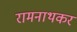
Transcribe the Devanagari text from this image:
रामनाथकर